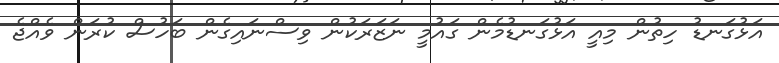
އަޅުގަނޑު ހިތުން މިއީ އަޅުގަނޑުމެން ގައުމީ ނަޒަރަކުން ވިސްނައިގެން ބަހުސް ކުރަން ވެއްޖެ